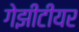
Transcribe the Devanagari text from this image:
गेझीटीयर